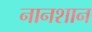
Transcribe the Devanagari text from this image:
नानशान